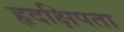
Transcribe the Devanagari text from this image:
हृदक्षिपता